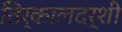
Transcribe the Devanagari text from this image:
तिर्कालदर्शी